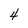
Character: 4